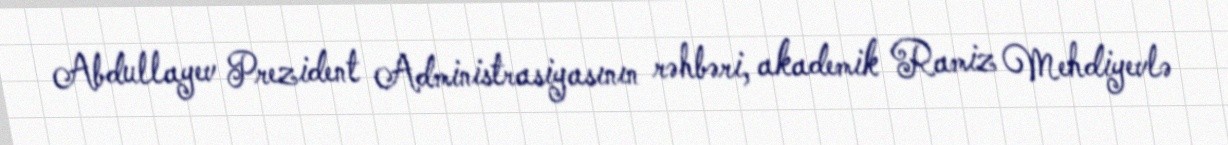
Abdullayev Prezident Administrasiyasının rəhbəri, akademik Ramiz Mehdiyevlə